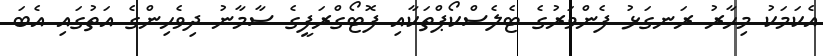
އެކަމަކު މިހާރު ރަނގަޅު ފެންވަރުގެ ޓެލެސްކޯޕްތަކާއި ފޮޓޯގްރަފީގެ ސާމާނު ދިވެހިންގެ އަތުގައި އެބަ